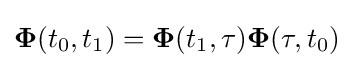
{\boldsymbol {\Phi }}(t_{0},t_{1})={\boldsymbol {\Phi }}(t_{1},\tau ){\boldsymbol {\Phi }}(\tau ,t_{0})